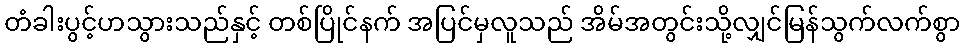
တံခါးပွင့်ဟသွားသည်နှင့် တစ်ပြိုင်နက် အပြင်မှလူသည် အိမ်အတွင်းသို့လျှင်မြန်သွက်လက်စွာ